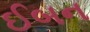
ઈબન